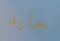
جايد